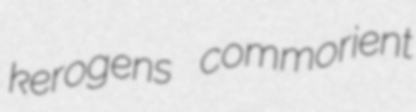
kerogens commorient